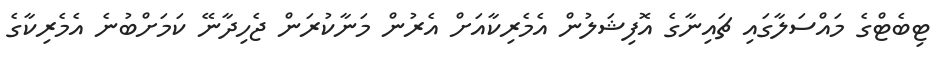
ޓިބެޓްގެ މައްސަލާގައި ޗައިނާގެ އޮފިޝަލުން އެމެރިކާއަށް އެރުން މަނާކުރަން ޖެހިދާނޭ ކަމަށްބުނެ އެމެރިކާގެ